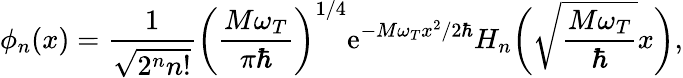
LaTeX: \phi_{n}(x)=\frac{1}{\sqrt{2^{n}n!}}\bigg(\frac{M\omega_{T}}{\pi\hbar}\bigg)^{1/4}\mathrm{e}^{-M\omega_{T}x^{2}/2\hbar}H_{n}\bigg(\sqrt{\frac{M\omega_{T}}{\hbar}}x\bigg),